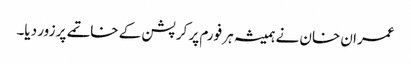
عمران خان نے ہمیشہ ہر فورم پر کرپشن کے خاتمے پر زور دیا۔